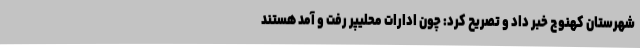
شهرستان کهنوج خبر داد و تصریح کرد: چون ادارات محلیپر رفت و آمد هستند